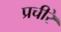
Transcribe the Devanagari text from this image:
प्रचीरे